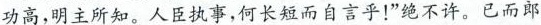
功高，明主所知。人臣执事，何长短而自言乎！”绝不许。已而郎